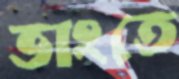
ভাংতে